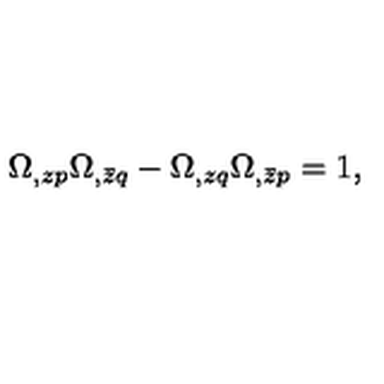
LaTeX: \Omega _ { , z p } \Omega _ { , \bar { z } q } - \Omega _ { , z q } \Omega _ { , \bar { z } p } = 1 ,